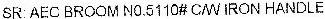
SR: AEC BROOM NO.5110# C/W IRON HANDLE